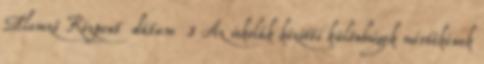
Elemző Központ dátum 3 Az iskolák közötti különbségek mértékének